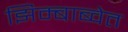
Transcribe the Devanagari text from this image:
झिम्बाब्वेत